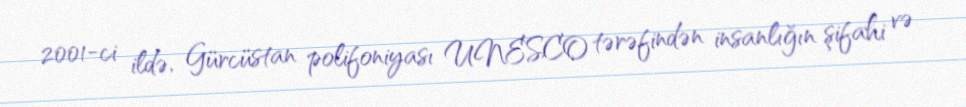
2001-ci ildə, Gürcüstan polifoniyası UNESCO tərəfindən insanlığın şifahi və